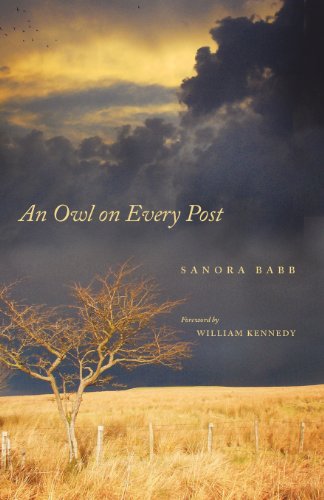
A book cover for An Owl on Every Post; Sanora Babb; Biographies & Memoirs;